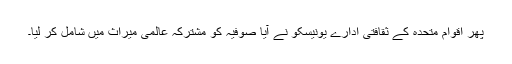
پھر اقوام متحدہ کے ثقافتی ادارے یونیسکو نے آیا صوفیہ کو مشترکہ عالمی میراث میں شامل کر لیا۔